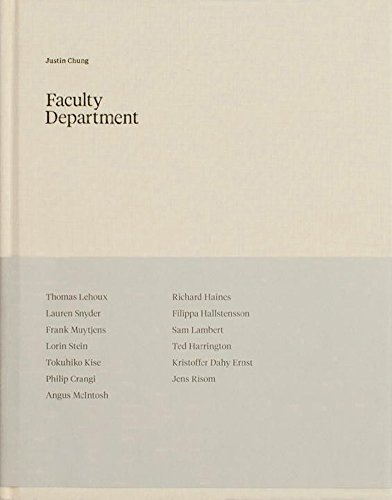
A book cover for Faculty Department; Justin Chung; Arts & Photography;